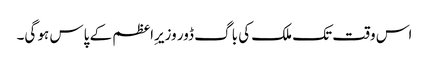
اس وقت تک ملک کی باگ ڈور وزیرِاعظم کے پاس ہو گی۔